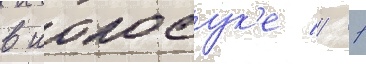
в иокосук'е // 1